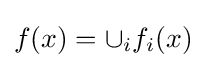
f(x)=\cup _{i}f_{i}(x)